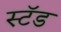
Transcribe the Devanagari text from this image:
स्‍टॅड